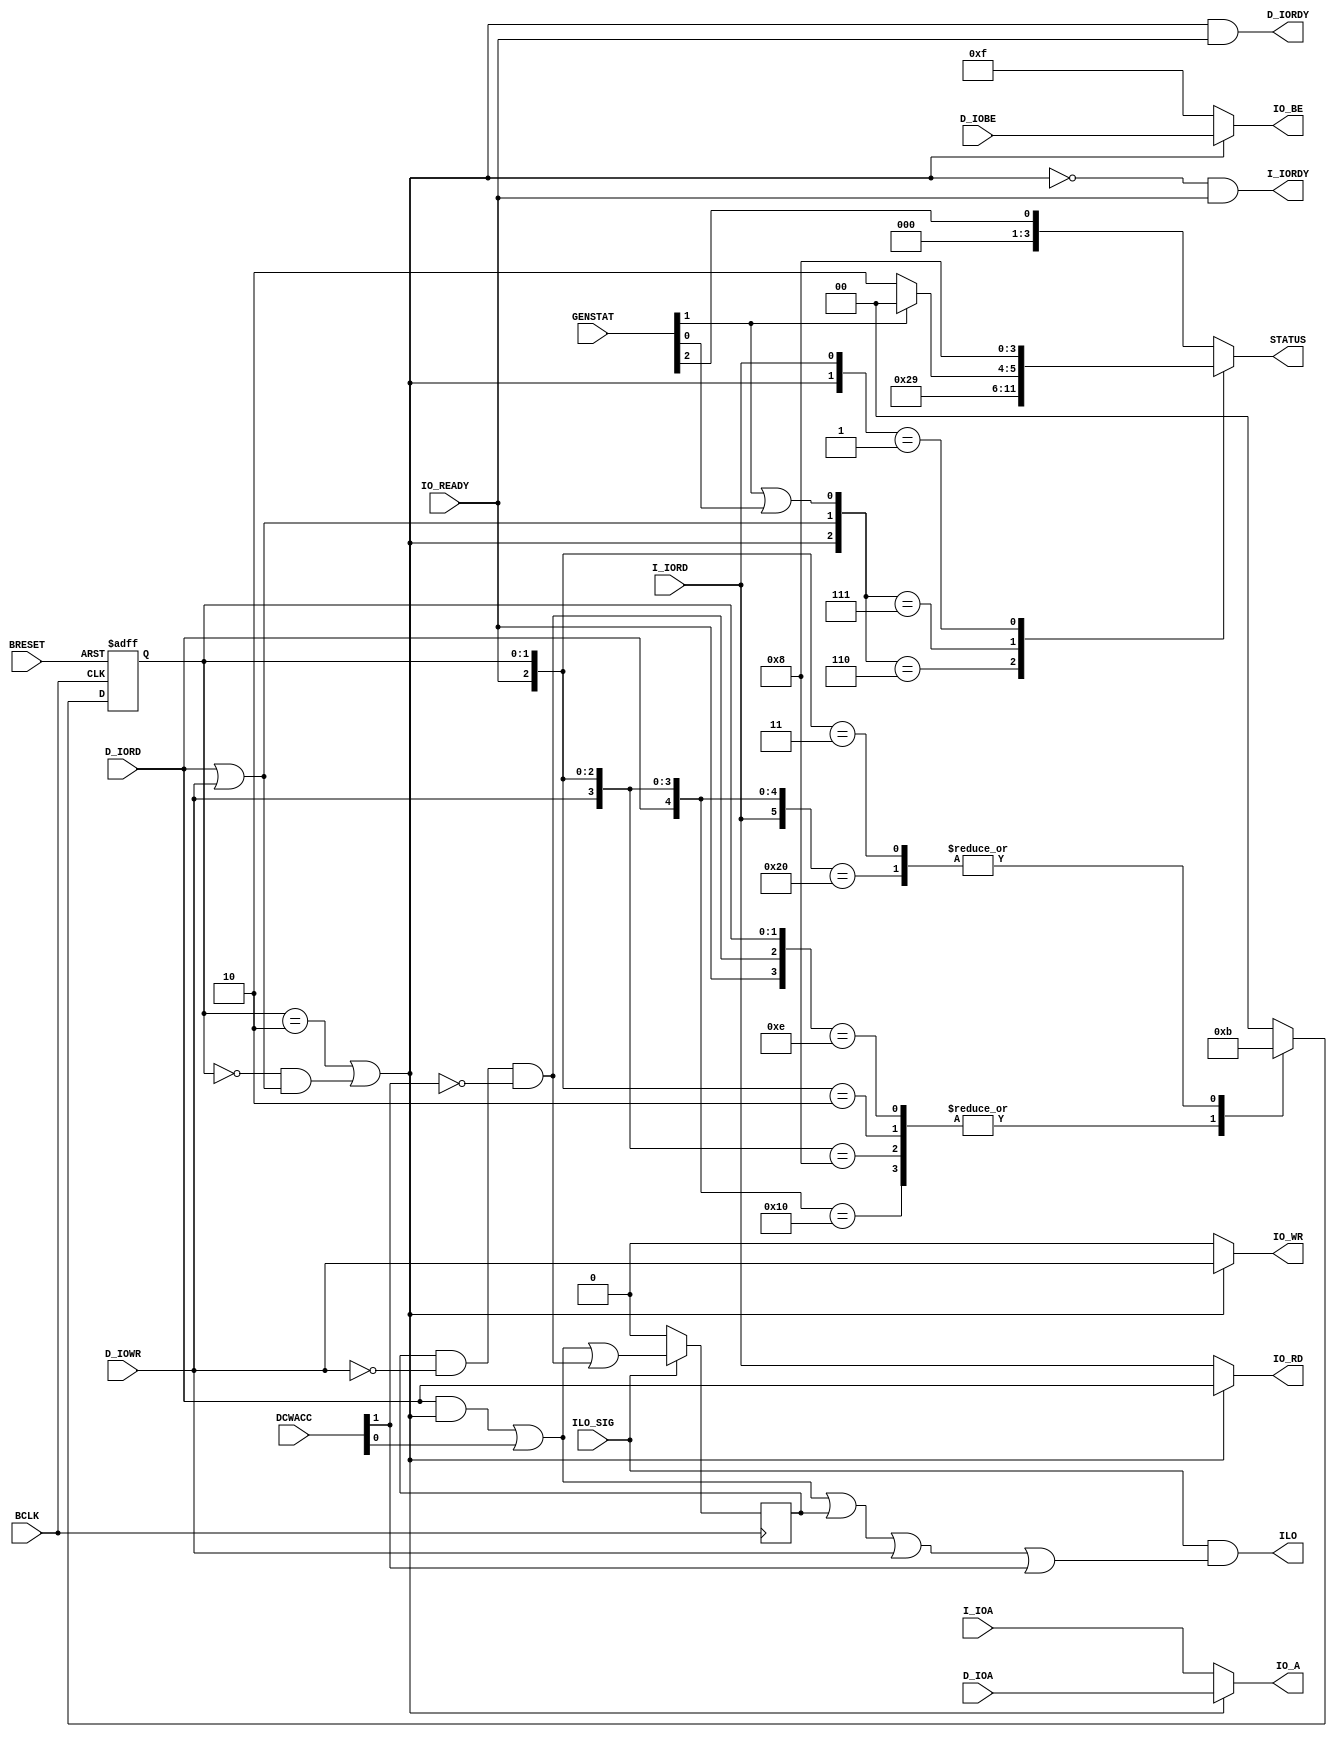
module IO_SWITCH ( BCLK, BRESET, I_IOA, D_IOA, I_IORD, D_IORD, D_IOWR, IO_READY, GENSTAT, D_IOBE, ILO_SIG, DCWACC,
				   IO_A, IO_RD, IO_WR, IO_BE, I_IORDY, D_IORDY, STATUS, ILO );

	input			BCLK,BRESET;
	input	[31:0]	I_IOA,D_IOA;
	input			I_IORD;
	input			D_IORD,D_IOWR;
	input	 [3:0]	D_IOBE;
	input			IO_READY;
	input	 [2:0]	GENSTAT;
	input			ILO_SIG;
	input	 [1:0]	DCWACC;
	
	output	[31:0]	IO_A;
	output			IO_RD,IO_WR;
	output	 [3:0]	IO_BE;
	output			I_IORDY;
	output			D_IORDY;
	output	 [3:0]	STATUS;
	output			ILO;
	
	reg		 [3:0]	STATUS;
	reg		 [1:0]	select;
	reg				ilo_flag;
	
	wire			daten;
	wire			sel_dp;
	wire			interrupt;
	wire			ilo_keep;
	
	assign daten = D_IORD | D_IOWR;

	// DCACHE has priority.
	always @(posedge BCLK or negedge BRESET)
		if (!BRESET) select <= 2'b0;
		  else
			casex ({I_IORD,D_IORD,D_IOWR,IO_READY,ilo_keep,select})
			  7'b000xx_00 : select <= 2'b00;
			  7'b1000x_00 : select <= 2'b11;
			  7'bx100x_00 : select <= 2'b10;
			  7'bxx10x_00 : select <= 2'b10;
			// the access has in the same cycle a READY !
			  7'b1001x_00 : select <= 2'b00;
			  7'bx101x_00 : select <= 2'b00;
			  7'bxx11x_00 : select <= 2'b00;
		 	// Datea Access
			  7'bxxx0x_10 : select <= 2'b10;
			  7'bxxx11_10 : select <= 2'b10;	// keep because of Interlocked
			  7'bxxx10_10 : select <= 2'b00;
			// Instruction Access	  
			  7'bxxx0x_11 : select <= 2'b11;	
			  7'bxxx1x_11 : select <= 2'b00;
			  default	  : select <= 2'b00;
			endcase
			
	assign sel_dp = (select == 2'b10) | ((select == 2'b00) & daten);
	
	assign IO_RD   =  sel_dp ? D_IORD : I_IORD;
	assign IO_WR   =  sel_dp ? D_IOWR : 1'b0;
	assign IO_A    =  sel_dp ? D_IOA  : I_IOA;
	assign IO_BE   =  sel_dp ? D_IOBE : 4'b1111;	// Instruction read always 32 Bit
	
	assign D_IORDY =  sel_dp & IO_READY;
	assign I_IORDY = ~sel_dp & IO_READY;

	assign interrupt = GENSTAT[1] | GENSTAT[0];
	
	always @(*)
		casex ({sel_dp,daten,interrupt,I_IORD})
		  4'b110x : STATUS = 4'hA;						// Daten
		  4'b111x : STATUS = GENSTAT[1] ? 4'h4 : 4'h6;	// Int Ack. : End of Int
		  4'b0xx1 : STATUS = 4'h8;						// Programm
		  default : STATUS = {3'd0,GENSTAT[2]};			// WAIT or Inactive
		endcase

	// +++++++++++  ILO Control  ++++++++++++++++++
	
	always @(posedge BCLK)
		if (!ILO_SIG) ilo_flag <= 1'b0; // Flag is set at read and cleared with write
		  else ilo_flag <= (D_IORD & sel_dp) | DCWACC[0] | ilo_keep;
		  
	assign ilo_keep = ilo_flag & ~D_IOWR & ~DCWACC[1];
		  
	assign ILO = ILO_SIG & ((D_IORD & sel_dp) | DCWACC[0] | ilo_flag | D_IOWR | DCWACC[1]);
	
endmodule